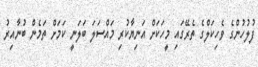
ފުލުހުންގެ ވެހިކަލްގެ ތެރޭގައި މީހަކަށް އަނިޔާކުރި މައްސަލަ ބަލަނީ ކަމަށް ތަމެން ބުނާއިރު